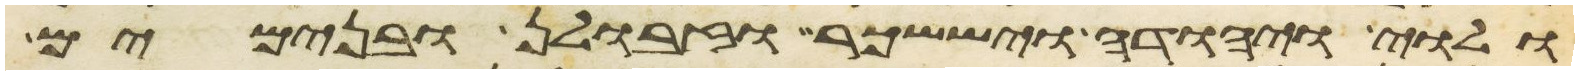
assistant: ולוי ויהודה ויששכר וזבולן ובנימים